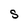
Character: s